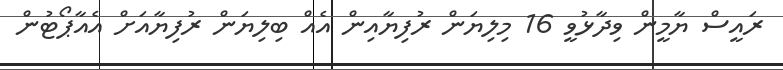
ރައީސް ޔާމީން ވިދާޅުވީ 16 މިލިޔަން ރުފިޔާއިން އެއް ބިލިޔަން ރުފިޔާއަށް އެއާޕޯޓުން